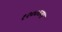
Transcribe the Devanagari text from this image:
१२००च्या